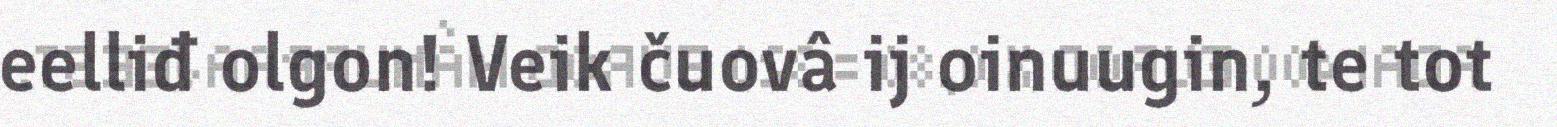
eelliđ olgon! Veik čuovâ ij oinuugin, te tot